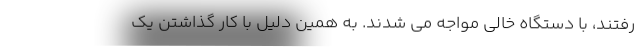
رفتند، با دستگاه خالی مواجه می شدند. به همین دلیل با کار گذاشتن یک